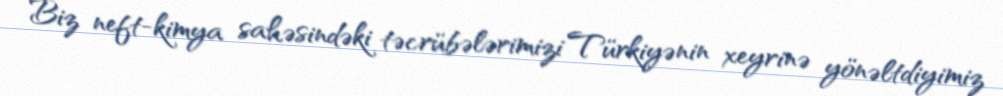
Biz neft-kimya sahəsindəki təcrübələrimizi Türkiyənin xeyrinə yönəltdiyimiz